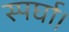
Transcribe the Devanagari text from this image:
स्पर्घा।